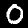
Digit: 0